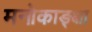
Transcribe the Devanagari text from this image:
मनोकाङ्क्षा